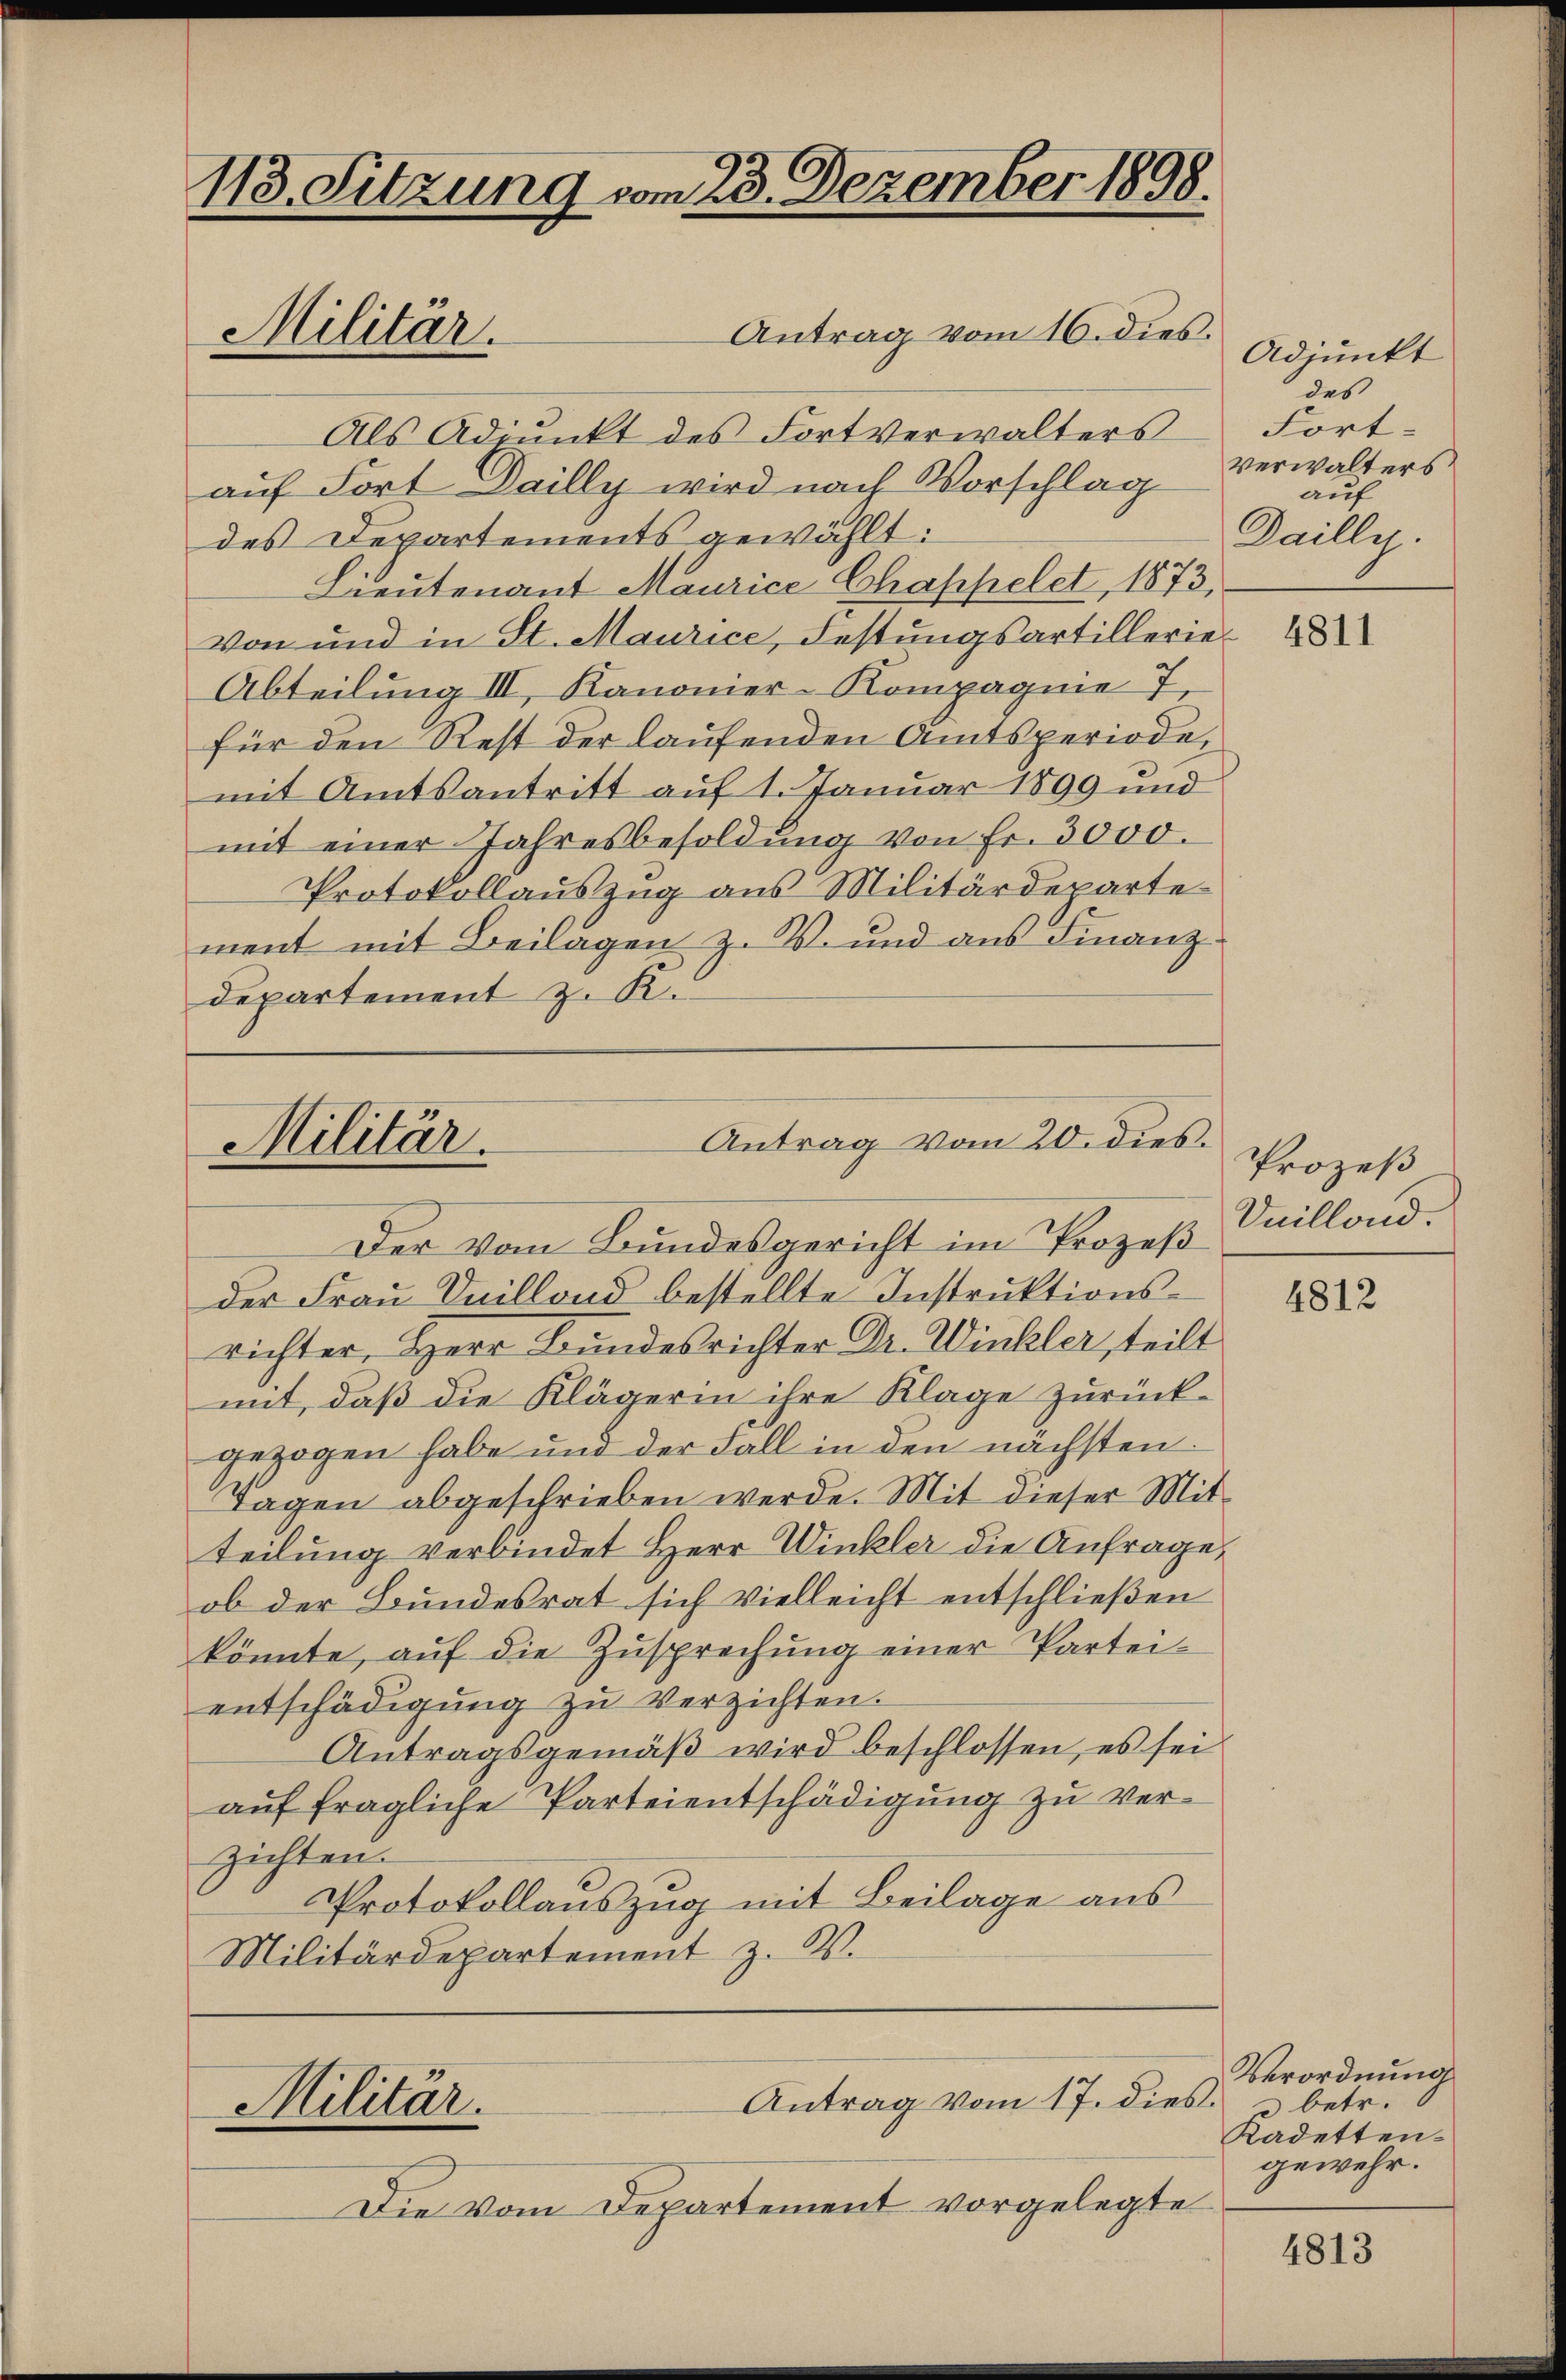
118. Sitzung vom 23. Dezember 1898.

Antrag vom 16. dies.
Als Adjunkt des Fortverwalters
auf Fort Dailly wird nach Vorschlag
des Departements gewählt:
Leutenant Maurice Chappelet, 1873,
Von und in St. Maurice, Festungsartillerie¬
Abteilung III, Kanonier-Kompagnie 7
für den Rest der laufenden Amtsperiode,
mit Amtsantritt auf 1. Januar 1899 und
mit einer Jahresbesoldung von fr. 3000.
Protokollauszug aus Militärdeparte
ment mit Beilagen z. V. und aus Finanzdepartement z. K.

Militär.

Der vom Bundesgericht im Prozeß
der Frau Onillond bestellte Instruktionsrichter, Herr Bundesrichter Dr. Winkler, teilt
mit, daß die Klägerin ihre Klage zurückgezogen habe und der Fall in den nächsten
Tagen abgeschrieben werde. Mit dieser Mitteilung verbindet Herr Winkler die Anfrage,
ob der Bundesrat sich vielleicht entschließen
könnte, aŭf die Zusprechŭng einer Partei-
entschädigŭng zŭ verzichten.
Antragsgemäß wird beschlossen, es sei
auf fragliche Parteientschädigung zu verzichten.
Protokollauszug mit Beilage aus
Militärdepartement z. B.

Antrag vom 20. dies.
Militär.

Antrag vom 17. dies betr.
Militär.

Die vom Departement vorgelegte

Adjunkt
des
Fort-
Verwalters
auf
Dailly.

4811

Prozeß
Vaillond.

4812

Verordnung
Kadetten.
gewehr.

4813